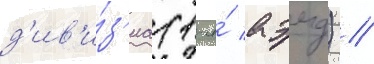
д'ив'и́з'иа (1-я́ аэмд) //